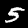
Digit: 5